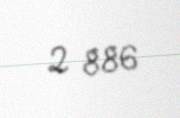
2 886